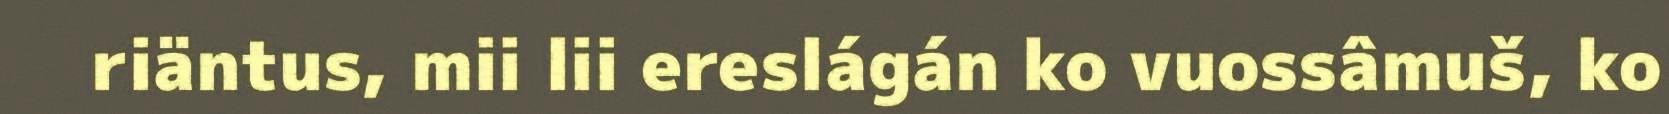
riäntus, mii lii ereslágán ko vuossâmuš, ko